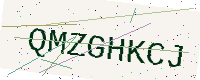
Text: QMZGHKCJ